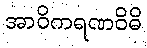
အာဝိကရဏဝိဓိ